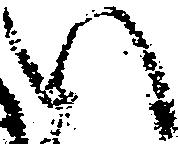
い